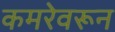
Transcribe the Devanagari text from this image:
कमरेवरून